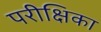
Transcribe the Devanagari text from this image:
परीक्षिका